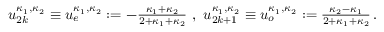
\begin{array} { r } { u _ { 2 k } ^ { \kappa _ { 1 } , \kappa _ { 2 } } \equiv u _ { e } ^ { \kappa _ { 1 } , \kappa _ { 2 } } : = - \frac { \kappa _ { 1 } + \kappa _ { 2 } } { 2 + \kappa _ { 1 } + \kappa _ { 2 } } \ , \ u _ { 2 k + 1 } ^ { \kappa _ { 1 } , \kappa _ { 2 } } \equiv u _ { o } ^ { \kappa _ { 1 } , \kappa _ { 2 } } : = \frac { \kappa _ { 2 } - \kappa _ { 1 } } { 2 + \kappa _ { 1 } + \kappa _ { 2 } } \, . } \end{array}